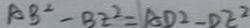
A B ^ { 2 } - B E ^ { 2 } = A D ^ { 2 } - D E ^ { 2 }